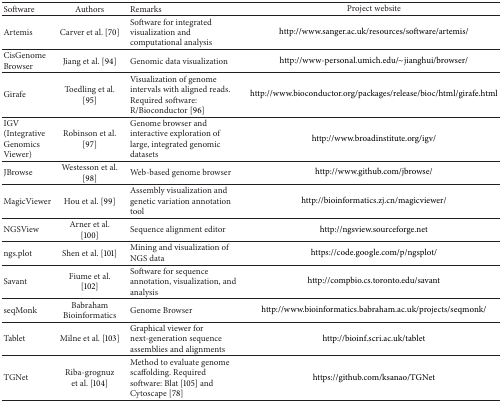
<table><thead><tr><td><b>Software</b></td><td><b>Authors</b></td><td><b>Remarks</b></td><td><b>Project website</b></td></tr></thead><tbody><tr><td>Artemis</td><td>Carver et al. [70]</td><td>Software for integrated visualization and computational analysis</td><td>http://www.sanger.ac.uk/resources/software/artemis/</td></tr><tr><td>CisGenome Browser</td><td>Jiang et al. [94]</td><td>Genomic data visualization</td><td>http://www-personal.umich.edu/~jianghui/browser/</td></tr><tr><td>Girafe</td><td>Toedling et al. [95]</td><td>Visualization of genome intervals with aligned reads. Required software: R/Bioconductor [96]</td><td>http://www.bioconductor.org/packages/release/bioc/html/girafe.html</td></tr><tr><td>IGV (Integrative Genomics Viewer)</td><td>Robinson et al. [97]</td><td>Genome browser and interactive exploration of large, integrated genomic datasets</td><td>http://www.broadinstitute.org/igv/</td></tr><tr><td>JBrowse</td><td>Westesson et al. [98]</td><td>Web-based genome browser</td><td>http://www.github.com/jbrowse/</td></tr><tr><td>MagicViewer</td><td>Hou et al. [99]</td><td>Assembly visualization and genetic variation annotation tool</td><td>http://bioinformatics.zj.cn/magicviewer/</td></tr><tr><td>NGSView</td><td>Arner et al. [100]</td><td>Sequence alignment editor</td><td>http://ngsview.sourceforge.net</td></tr><tr><td>ngs.plot</td><td>Shen et al. [101]</td><td>Mining and visualization of NGS data </td><td>https://code.google.com/p/ngsplot/</td></tr><tr><td>Savant</td><td>Fiume et al. [102]</td><td>Software for sequence annotation, visualization, and analysis</td><td>http://compbio.cs.toronto.edu/savant</td></tr><tr><td>seqMonk</td><td>Babraham Bioinformatics</td><td>Genome Browser</td><td>http://www.bioinformatics.babraham.ac.uk/projects/seqmonk/</td></tr><tr><td>Tablet</td><td>Milne et al. [103]</td><td>Graphical viewer for next-generation sequence assemblies and alignments</td><td>http://bioinf.scri.ac.uk/tablet</td></tr><tr><td>TGNet</td><td>Riba-grognuz et al. [104]</td><td>Method to evaluate genome scaffolding. Required software: Blat [105] and Cytoscape [78]</td><td>https://github.com/ksanao/TGNet</td></tr></tbody></table>